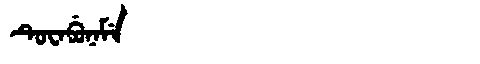
Manchu: ᡨᡠᠸᠠᠪᡠᠨᠠᠮᡝ
Romanization: TUWABUNAME